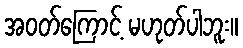
အဝတ်ကြောင့် မဟုတ်ပါဘူး။